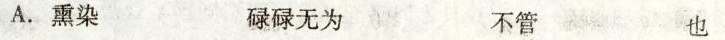
A.熏染 碌碌无为 不管 也